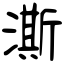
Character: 澌